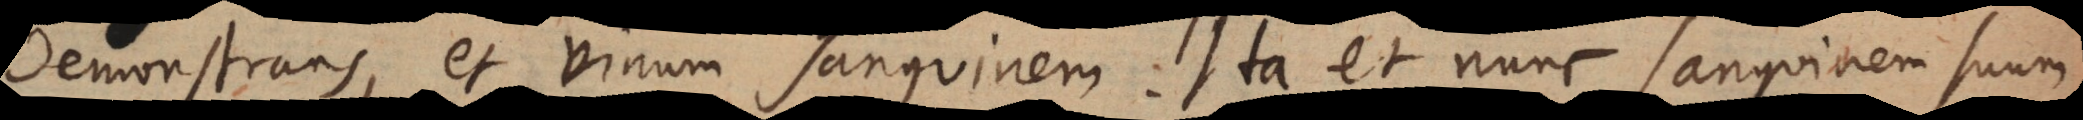
demonstrans, et vinum sanguinem. Ita et nunc sanguinem suum